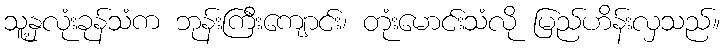
သူ့နှလုံးခုန်သံက ဘုန်းကြီးကျောင်း၊ တုံးမောင်းသံလို မြည်ဟိန်းလှသည်။